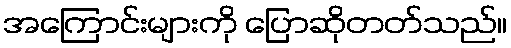
အကြောင်းများကို ပြောဆိုတတ်သည်။